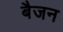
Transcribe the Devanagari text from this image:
बैजन